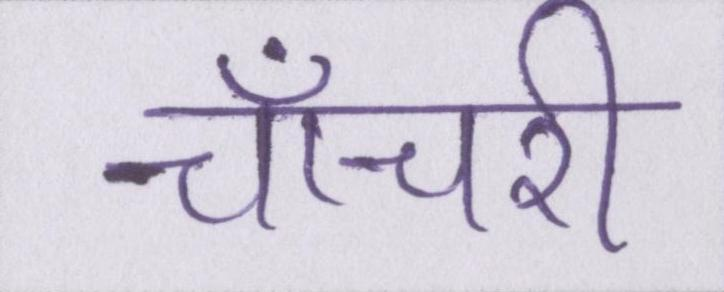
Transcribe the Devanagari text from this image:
चाँचरी